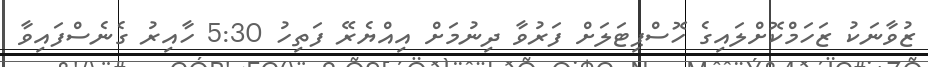
ޒުވާނަކު ޒަހަމްކޮށްލައިގެ ހޮސްޕިޓަލަށް ފަރުވާ ދިނުމަށް އިއްޔެރޭ ފަތިހު 5:30 ހާއިރު ގެނެސްފައިވާ